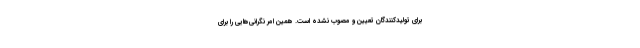
برای تولیدکنندگان تعیین و مصوب نشده است. همین امر نگرانی‌هایی را برای